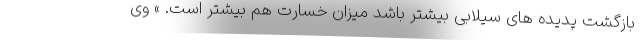
بازگشت پدیده های سیلابی بیشتر باشد میزان خسارت هم بیشتر است. » وی‌